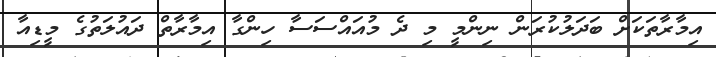
އިމާރާތަކަށް ބަދަލުކުރަން ނިންމީ މި ދެ މުއައްސަސާ ހިންގާ އިމާރާތް ދައުލަތުގެ މީޑިއާ